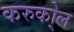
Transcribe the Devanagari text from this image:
करुको्ल